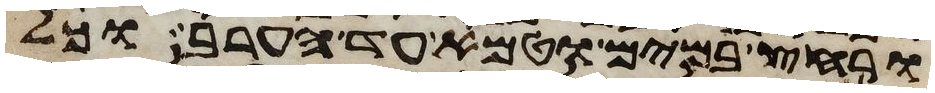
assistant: ורחץ במים וטמא עד הערב וכל